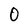
Character: 0